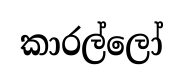
කාරල්ලෝ